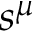
s ^ { \mu }